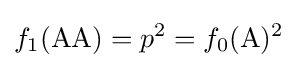
f_{1}({\text{AA}})=p^{2}=f_{0}({\text{A}})^{2}